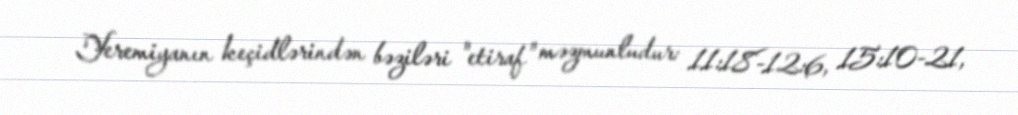
Yeremiyanın keçidlərindən bəziləri "etiraf" məzmunludur: 11:18-12:6, 15:10-21,